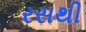
રસથી